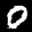
Label: 0